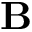
\bf { B }